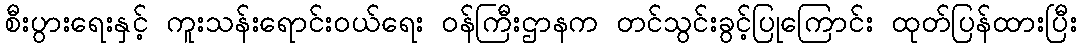
စီးပွားရေးနှင့် ကူးသန်းရောင်းဝယ်ရေး ဝန်ကြီးဌာနက တင်သွင်းခွင့်ပြုကြောင်း ထုတ်ပြန်ထားပြီး